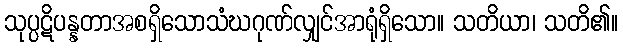
သုပ္ပဋိပန္နတာအစရှိသောသံဃဂုဏ်လျှင်အာရုံရှိသော။ သတိယာ၊ သတိ၏။